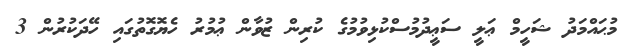
މުޙައްމަދު ޝަހީމް ޢަލީ ސަޢީދުމުސްކުޅިވުމުގެ ކުރިން ޒުވާން ޢުމުރު ހެޔޮގޮތުގައި ހޭދަކުރުން 3